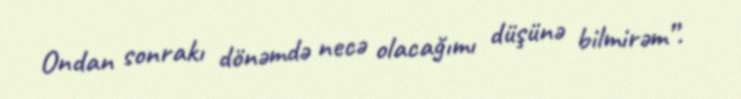
Ondan sonrakı dönəmdə necə olacağımı düşünə bilmirəm”.